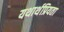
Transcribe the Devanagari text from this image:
यथार्थप्रियता